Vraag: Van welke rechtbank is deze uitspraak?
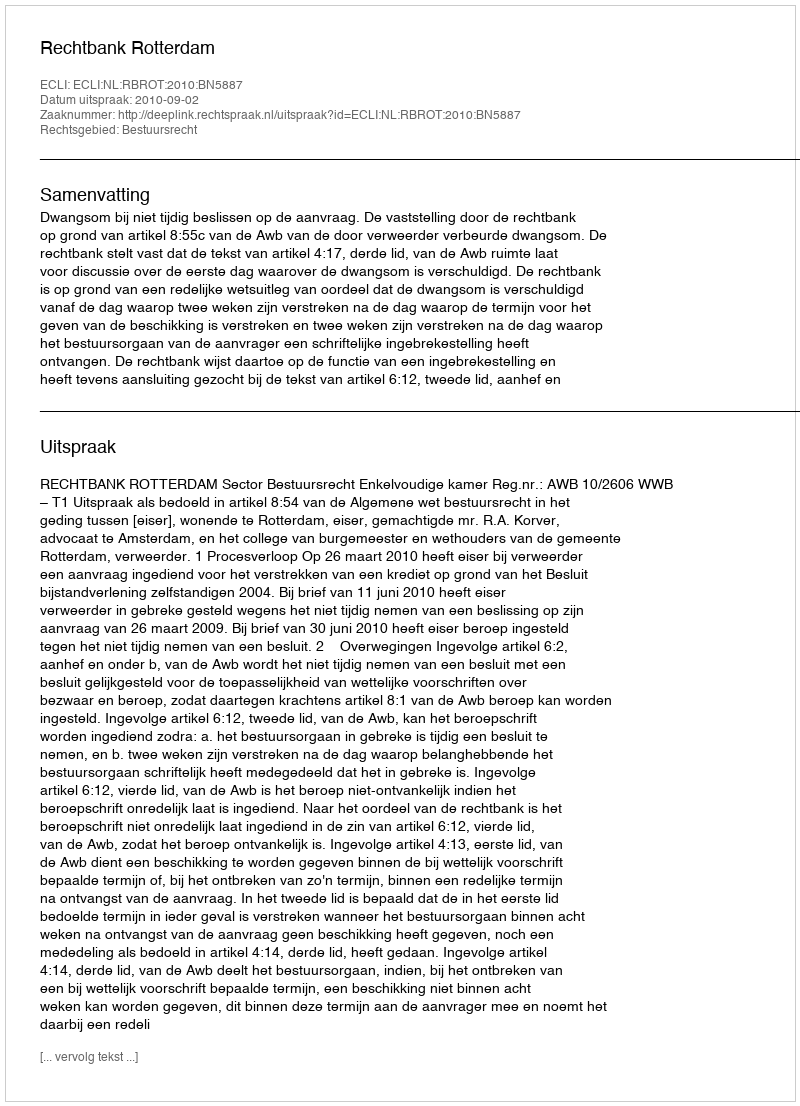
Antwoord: Rechtbank Rotterdam